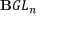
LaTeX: \mathbf { B } G L _ { n }